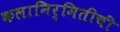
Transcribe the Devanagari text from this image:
कलानिर्मितीची